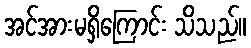
အင်အားမရှိကြောင်း သိသည်။